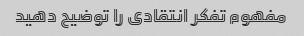
مفهوم تفکر انتقادی را توضیح دهید